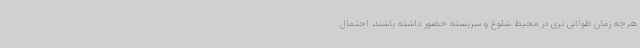
هرچه زمان طولانی تری در محیط شلوغ و سربسته حضور داشته باشند، احتمال